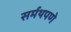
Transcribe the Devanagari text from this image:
सर्मथपणे